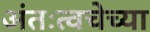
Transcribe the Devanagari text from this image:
अंतःत्वचेच्या